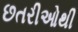
છતરીઓથી